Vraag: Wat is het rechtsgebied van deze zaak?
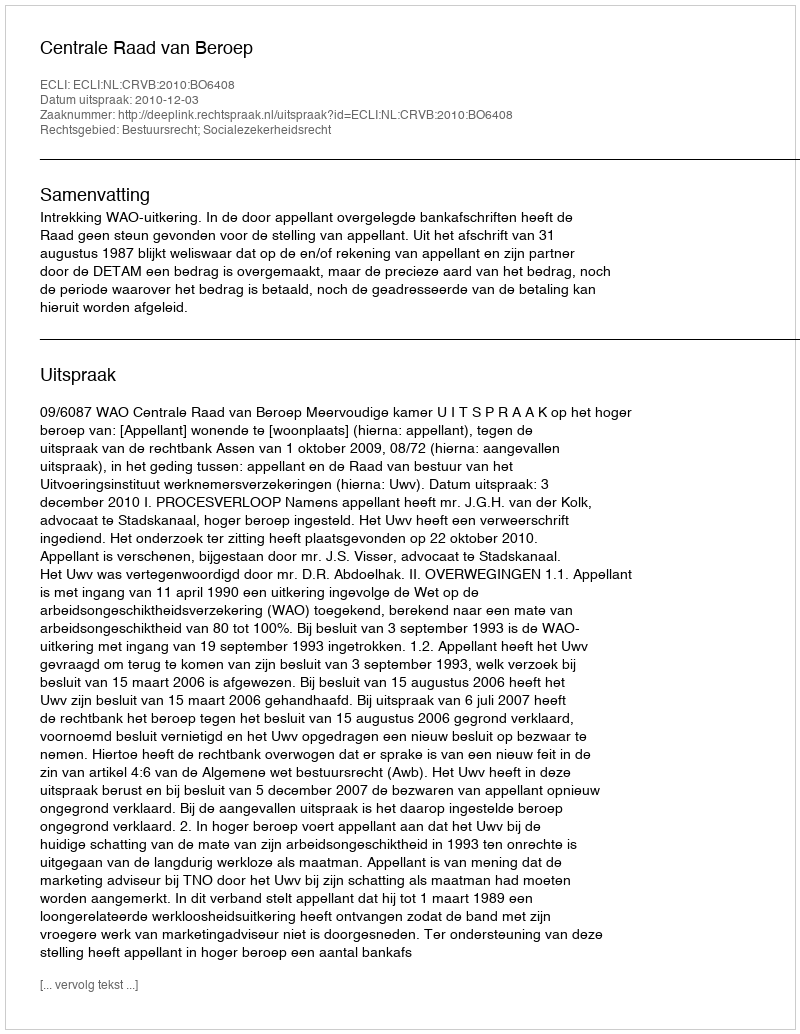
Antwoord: Bestuursrecht; Socialezekerheidsrecht